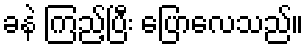
ခနဲ ကြည့်ပြီး ပြောလေသည်။